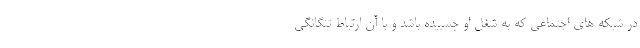
در شبکه های اجتماعی که به شغل او چسبیده باشد و با آن ارتباط تنگانگی